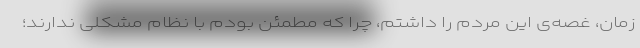
زمان، غصه‌ی این مردم را داشتم، چرا که مطمئن بودم با نظام مشکلی ندارند؛